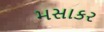
મસાકર